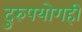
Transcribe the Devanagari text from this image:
दुरुपयोगही